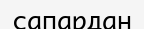
сапардан